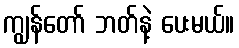
ကျွန်တော် ဘတ်နဲ့ ပေးမယ်။